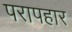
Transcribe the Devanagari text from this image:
परापहार